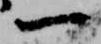
一